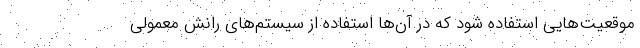
موقعیت‌هایی استفاده شود که در آن‌ها استفاده از سیستم‌های رانش معمولی